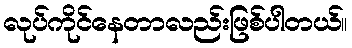
လုပ်ကိုင်နေတာလည်းဖြစ်ပါတယ်။